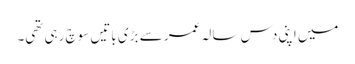
میں اپنی دس سالہ عمر سے بڑی باتیں سوچ رہی تھی۔